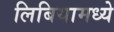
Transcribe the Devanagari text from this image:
लिबियामध्ये